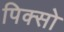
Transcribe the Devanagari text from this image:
पिक्सो